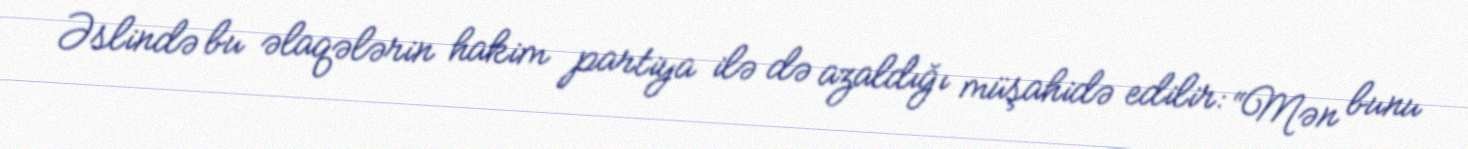
Əslində bu əlaqələrin hakim partiya ilə də azaldığı müşahidə edilir: “Mən bunu